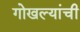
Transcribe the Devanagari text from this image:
गोखल्यांची